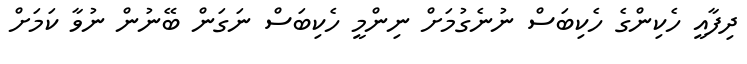
ދިފާއީ ހެކިންގެ ހެކިބަސް ނުނެގުމަށް ނިންމީ ހެކިބަސް ނަގަން ބޭނުން ނުވާ ކަމަށް